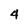
Character: 4